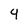
Character: 4